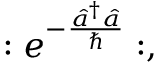
: e ^ { - \frac { { \hat { a } } ^ { \dagger } \hat { a } } { \hbar } } : ,